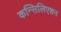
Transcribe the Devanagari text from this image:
कन्सिलिएशन